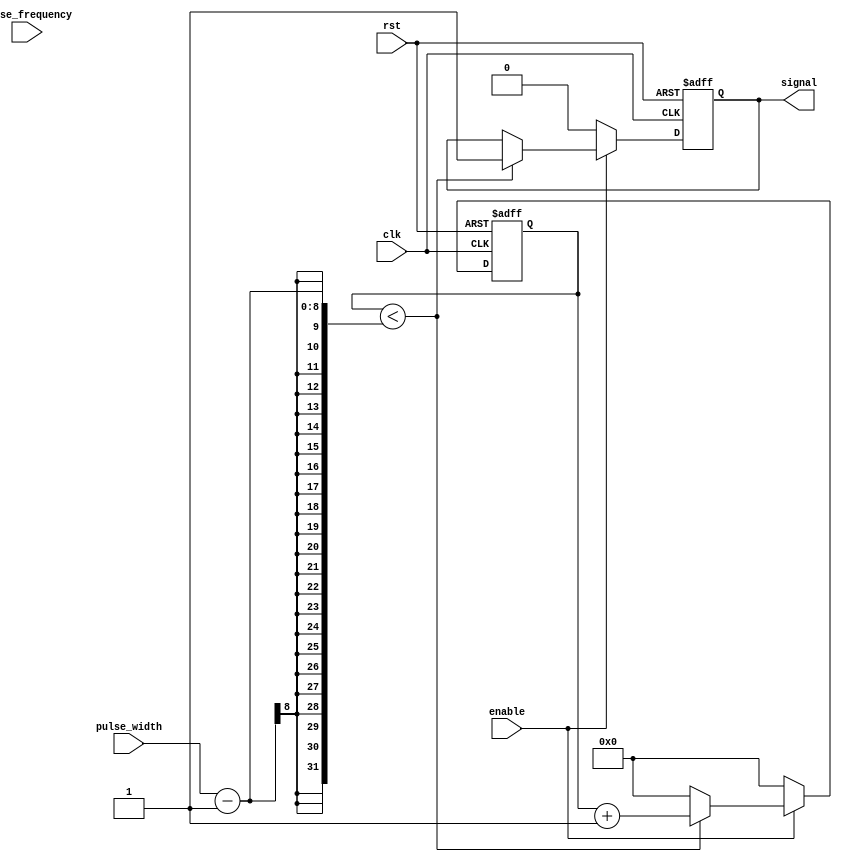
module PulseGenerator (
    input wire clk,
    input wire rst,
    input wire enable,
    input wire [7:0] pulse_width,
    input wire [7:0] pulse_frequency,
    output reg signal
);

reg [15:0] counter;
reg [15:0] clock_divider;

always @(posedge clk or posedge rst) begin
    if (rst) begin
        counter <= 16'd0;
        clock_divider <= 16'd0;
        signal <= 1'b0;
    end else begin
        if (enable) begin
            if (counter < pulse_width - 1) begin
                counter <= counter + 1;
                signal <= 1'b1;
            end else begin
                counter <= 16'd0;
                if (clock_divider < pulse_frequency - 1) begin
                    clock_divider <= clock_divider + 1;
                end else begin
                    clock_divider <= 16'd0;
                end
            end
        end else begin
            counter <= 16'd0;
            clock_divider <= 16'd0;
            signal <= 1'b0;
        end
    end
end

endmodule